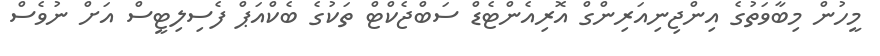
މީހުން މިބާވަތުގެ އިންޖިނިއަރިންގް އޮރިއެންޓެޑް ސަބްޖެކްޓް ތަކުގެ ބެކްއަޕް ފެސިލިޓީސް އަށް ނުވެސް